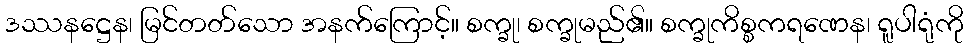
ဒဿနဋ္ဌေန၊ မြင်တတ်သော အနက်ကြောင့်။ စက္ခု၊ စက္ခုမည်၏။ စက္ခုကိစ္စကရဏေန၊ ရူပါရုံကို